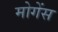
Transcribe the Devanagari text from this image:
मोगेंस